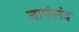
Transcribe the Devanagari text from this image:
नापंसंद